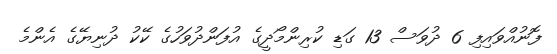
ފޮނުއްވައިފި 6 ދުވަސް 13 ގަޑި ކުރިންމޯދީގެ އުފަންދުވަހުގެ ކޭކު ދުނިޔޭގެ އެންމެ